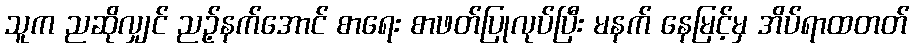
သူက ညဆိုလျှင် ညဉ့်နက်အောင် စာရေး စာဖတ်ပြုလုပ်ပြီး မနက် နေမြင့်မှ အိပ်ရာထတတ်